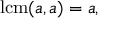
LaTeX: \operatorname { l c m } ( a , a ) = a ,